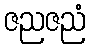
ဇညဇညံ